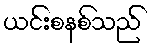
ယင်းစနစ်သည်